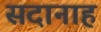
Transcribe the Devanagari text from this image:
सदानाह